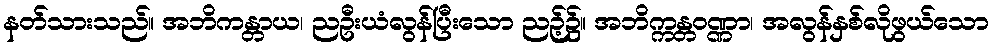
နတ်သားသည်။ အဘိကန္တာယ၊ ညဦးယံလွန်ပြီးသော ညဉ့်၌။ အဘိက္ကန္တဝဏ္ဏာ၊ အလွန်နှစ်လိုဖွယ်သော